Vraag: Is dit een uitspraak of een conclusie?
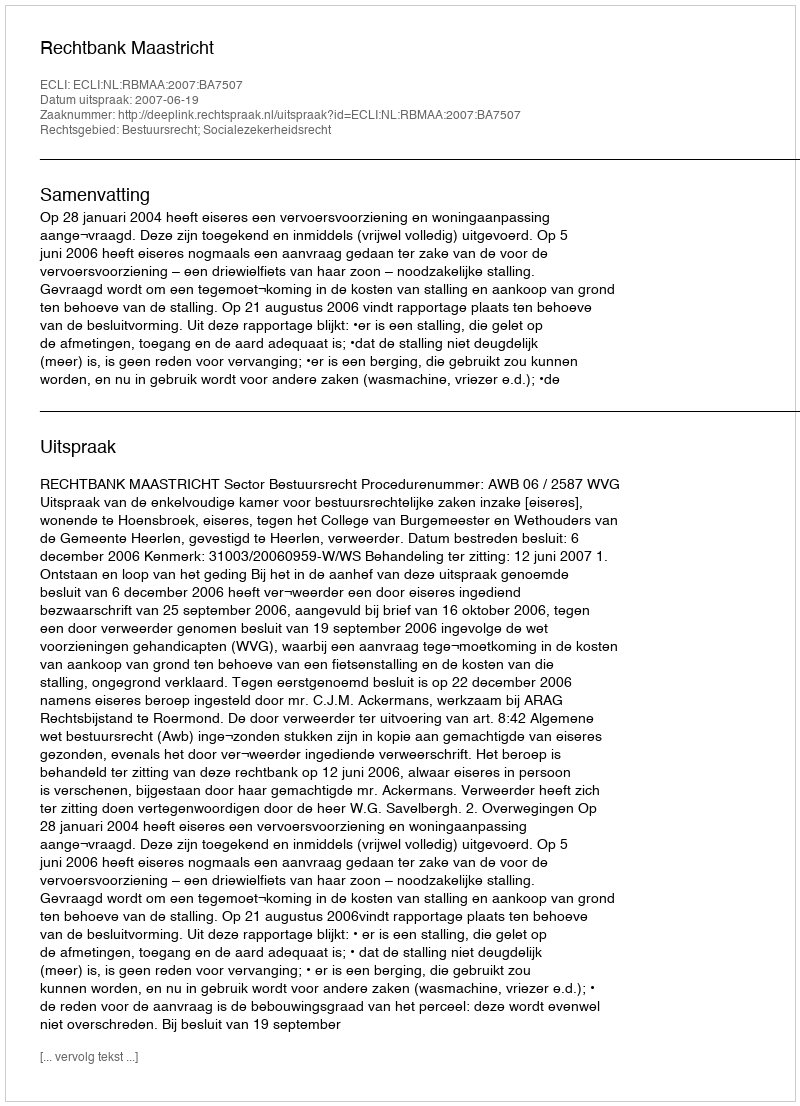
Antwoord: Uitspraak